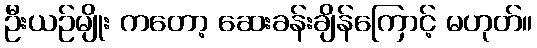
ဦးယဉ်မျိုး ကတော့ ဆေးခန်းချိန်ကြောင့် မဟုတ်။